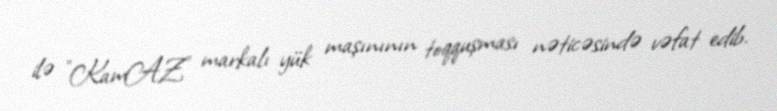
ilə "KamAZ" markalı yük maşınının toqquşması nəticəsində vəfat edib.